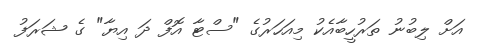
އަށް ލިބުނު ތަރުހީބާއެކު މިއަހަރުގެ "ސްޓާ އޮފް ދަ އިޔާ" ގެ ޝަރަފު